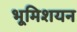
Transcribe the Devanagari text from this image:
भूमिशयन